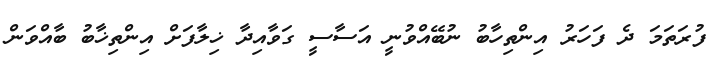
ފުރަތަމަ ދެ ފަހަރު އިންތިހާބު ނުބޭއްވުނީ އަސާސީ ގަވާއިދާ ޚިލާފަށް އިންތިޚާބު ބާއްވަން